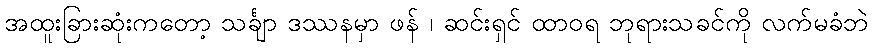
အထူးခြားဆုံးကတော့ သင်္ချာ ဒဿနမှာ ဖန် ၊ ဆင်းရှင် ထာဝရ ဘုရားသခင်ကို လက်မခံဘဲ